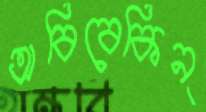
অবিবেকিন্